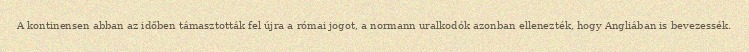
A kontinensen abban az időben támasztották fel újra a római jogot, a normann uralkodók azonban ellenezték, hogy Angliában is bevezessék.